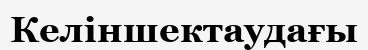
Келіншектаудағы